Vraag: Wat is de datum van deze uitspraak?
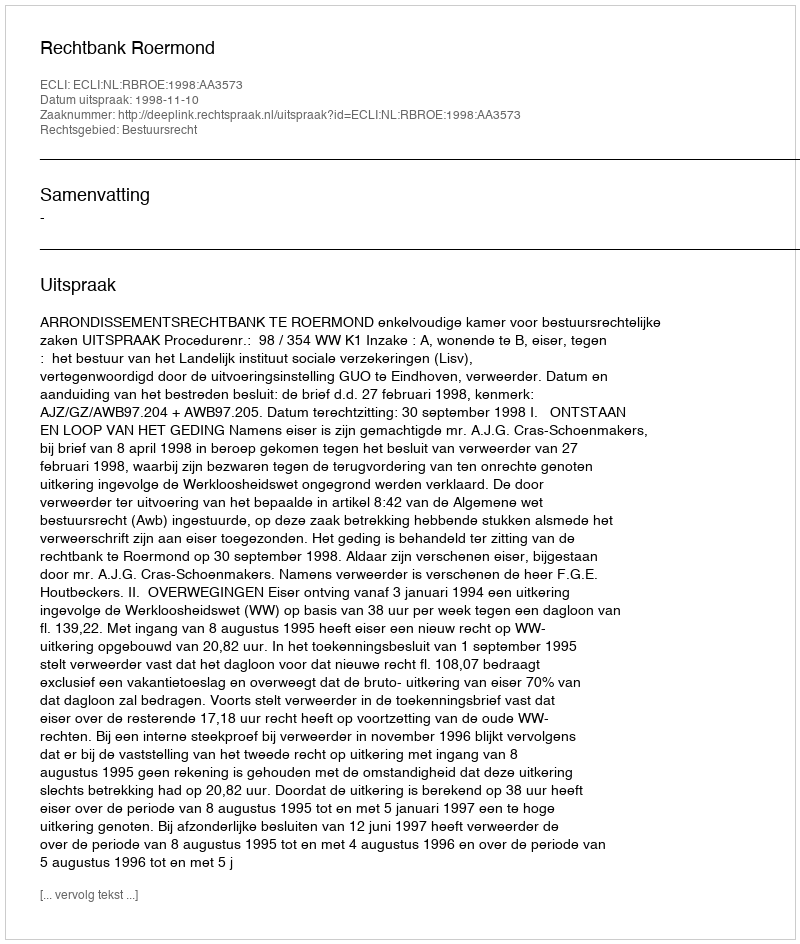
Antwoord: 1998-11-10